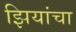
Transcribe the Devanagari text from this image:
झियांचा